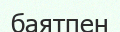
баятпен